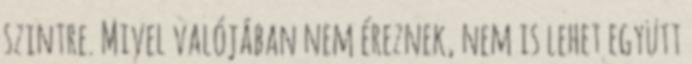
szintre. Mivel valójában nem éreznek, nem is lehet együtt